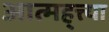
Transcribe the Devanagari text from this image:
आत्मह्त्त्या